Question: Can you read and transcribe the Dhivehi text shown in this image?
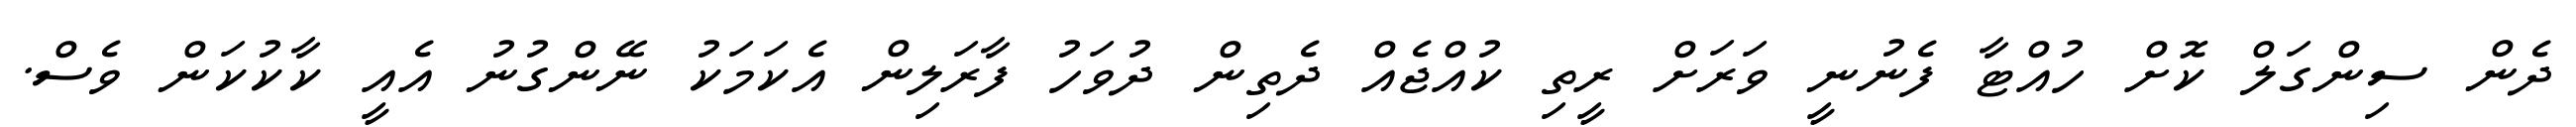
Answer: ދެން ސިންގަލް ކޮށް ހުއްޓާ ފެނުނީ ވަރަށް ރީތި ކުއްޖެއް ދެތިން ދުވަހު ފާރަލިން އެކަމަކު ނޭންގުނު އެއީ ކާކުކަން ވެސް.